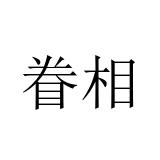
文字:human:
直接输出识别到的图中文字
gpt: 眷相